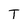
Character: T